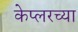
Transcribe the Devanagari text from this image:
केप्लरच्या